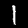
Label: 1